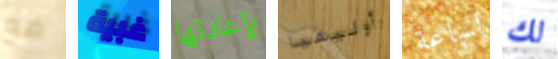
مع غبية بإعادتها أوليفيا لساعة لك